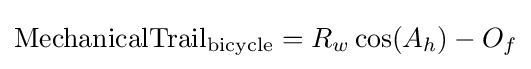
{\text{MechanicalTrail}}_{\text{bicycle}}=R_{w}\cos(A_{h})-O_{f}